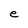
Character: e